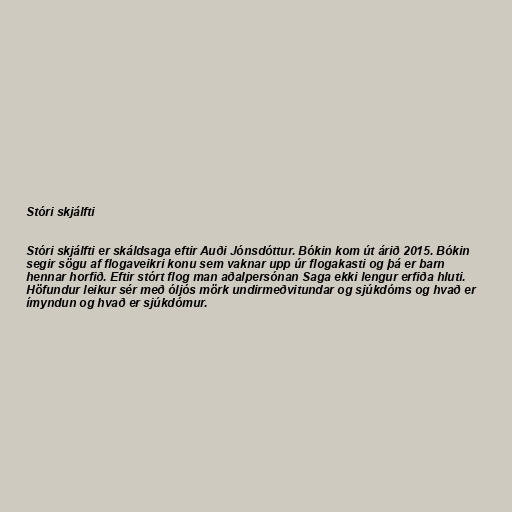
Stóri skjálfti

Stóri skjálfti er skáldsaga eftir Auði Jónsdóttur. Bókin kom út árið 2015. Bókin
segir sögu af flogaveikri konu sem vaknar upp úr flogakasti og þá er barn
hennar horfið. Eftir stórt flog man aðalpersónan Saga ekki lengur erfiða hluti.
Höfundur leikur sér með óljós mörk undirmeðvitundar og sjúkdóms og hvað er
ímyndun og hvað er sjúkdómur.